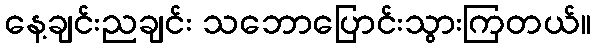
နေ့ချင်းညချင်း သဘောပြောင်းသွားကြတယ်။